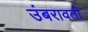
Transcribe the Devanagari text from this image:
उंबरावती